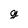
Character: g